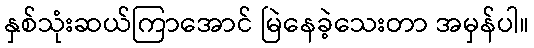
နှစ်သုံးဆယ်ကြာအောင် မြဲနေခဲ့သေးတာ အမှန်ပါ။